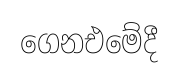
ගෙනඑමේදී